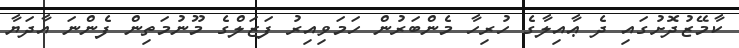
ކާމޭޒުދޮށުގައި ދެ ޢާއިލާގެ ހުރިހާ މެންބަރުން ހަމަވިއިރު ފަޒަލްގެ މޫނުމަތިން ފެންނަ އާދަޔާ